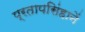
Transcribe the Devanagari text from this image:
प्रतापसिंहानें